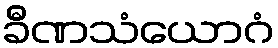
ခီဏသံယောဂံ